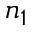
n _ { 1 }